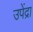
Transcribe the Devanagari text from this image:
उपेंद्रा